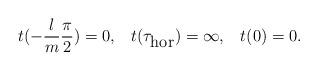
LaTeX: \begin{align*}t(-\frac{l}{m}\frac{\pi}{2})=0,\;\;\;t(\tau_{\mbox{hor}})=\infty,\;\;\;t(0)=0.\end{align*}